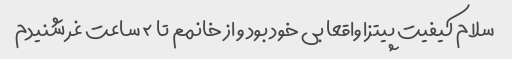
سلام کیفیت پیتزا واقعا بی خود بود و از خانمم تا ۲ ساعت غر شنیدم